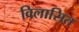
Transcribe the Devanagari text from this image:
विलासित